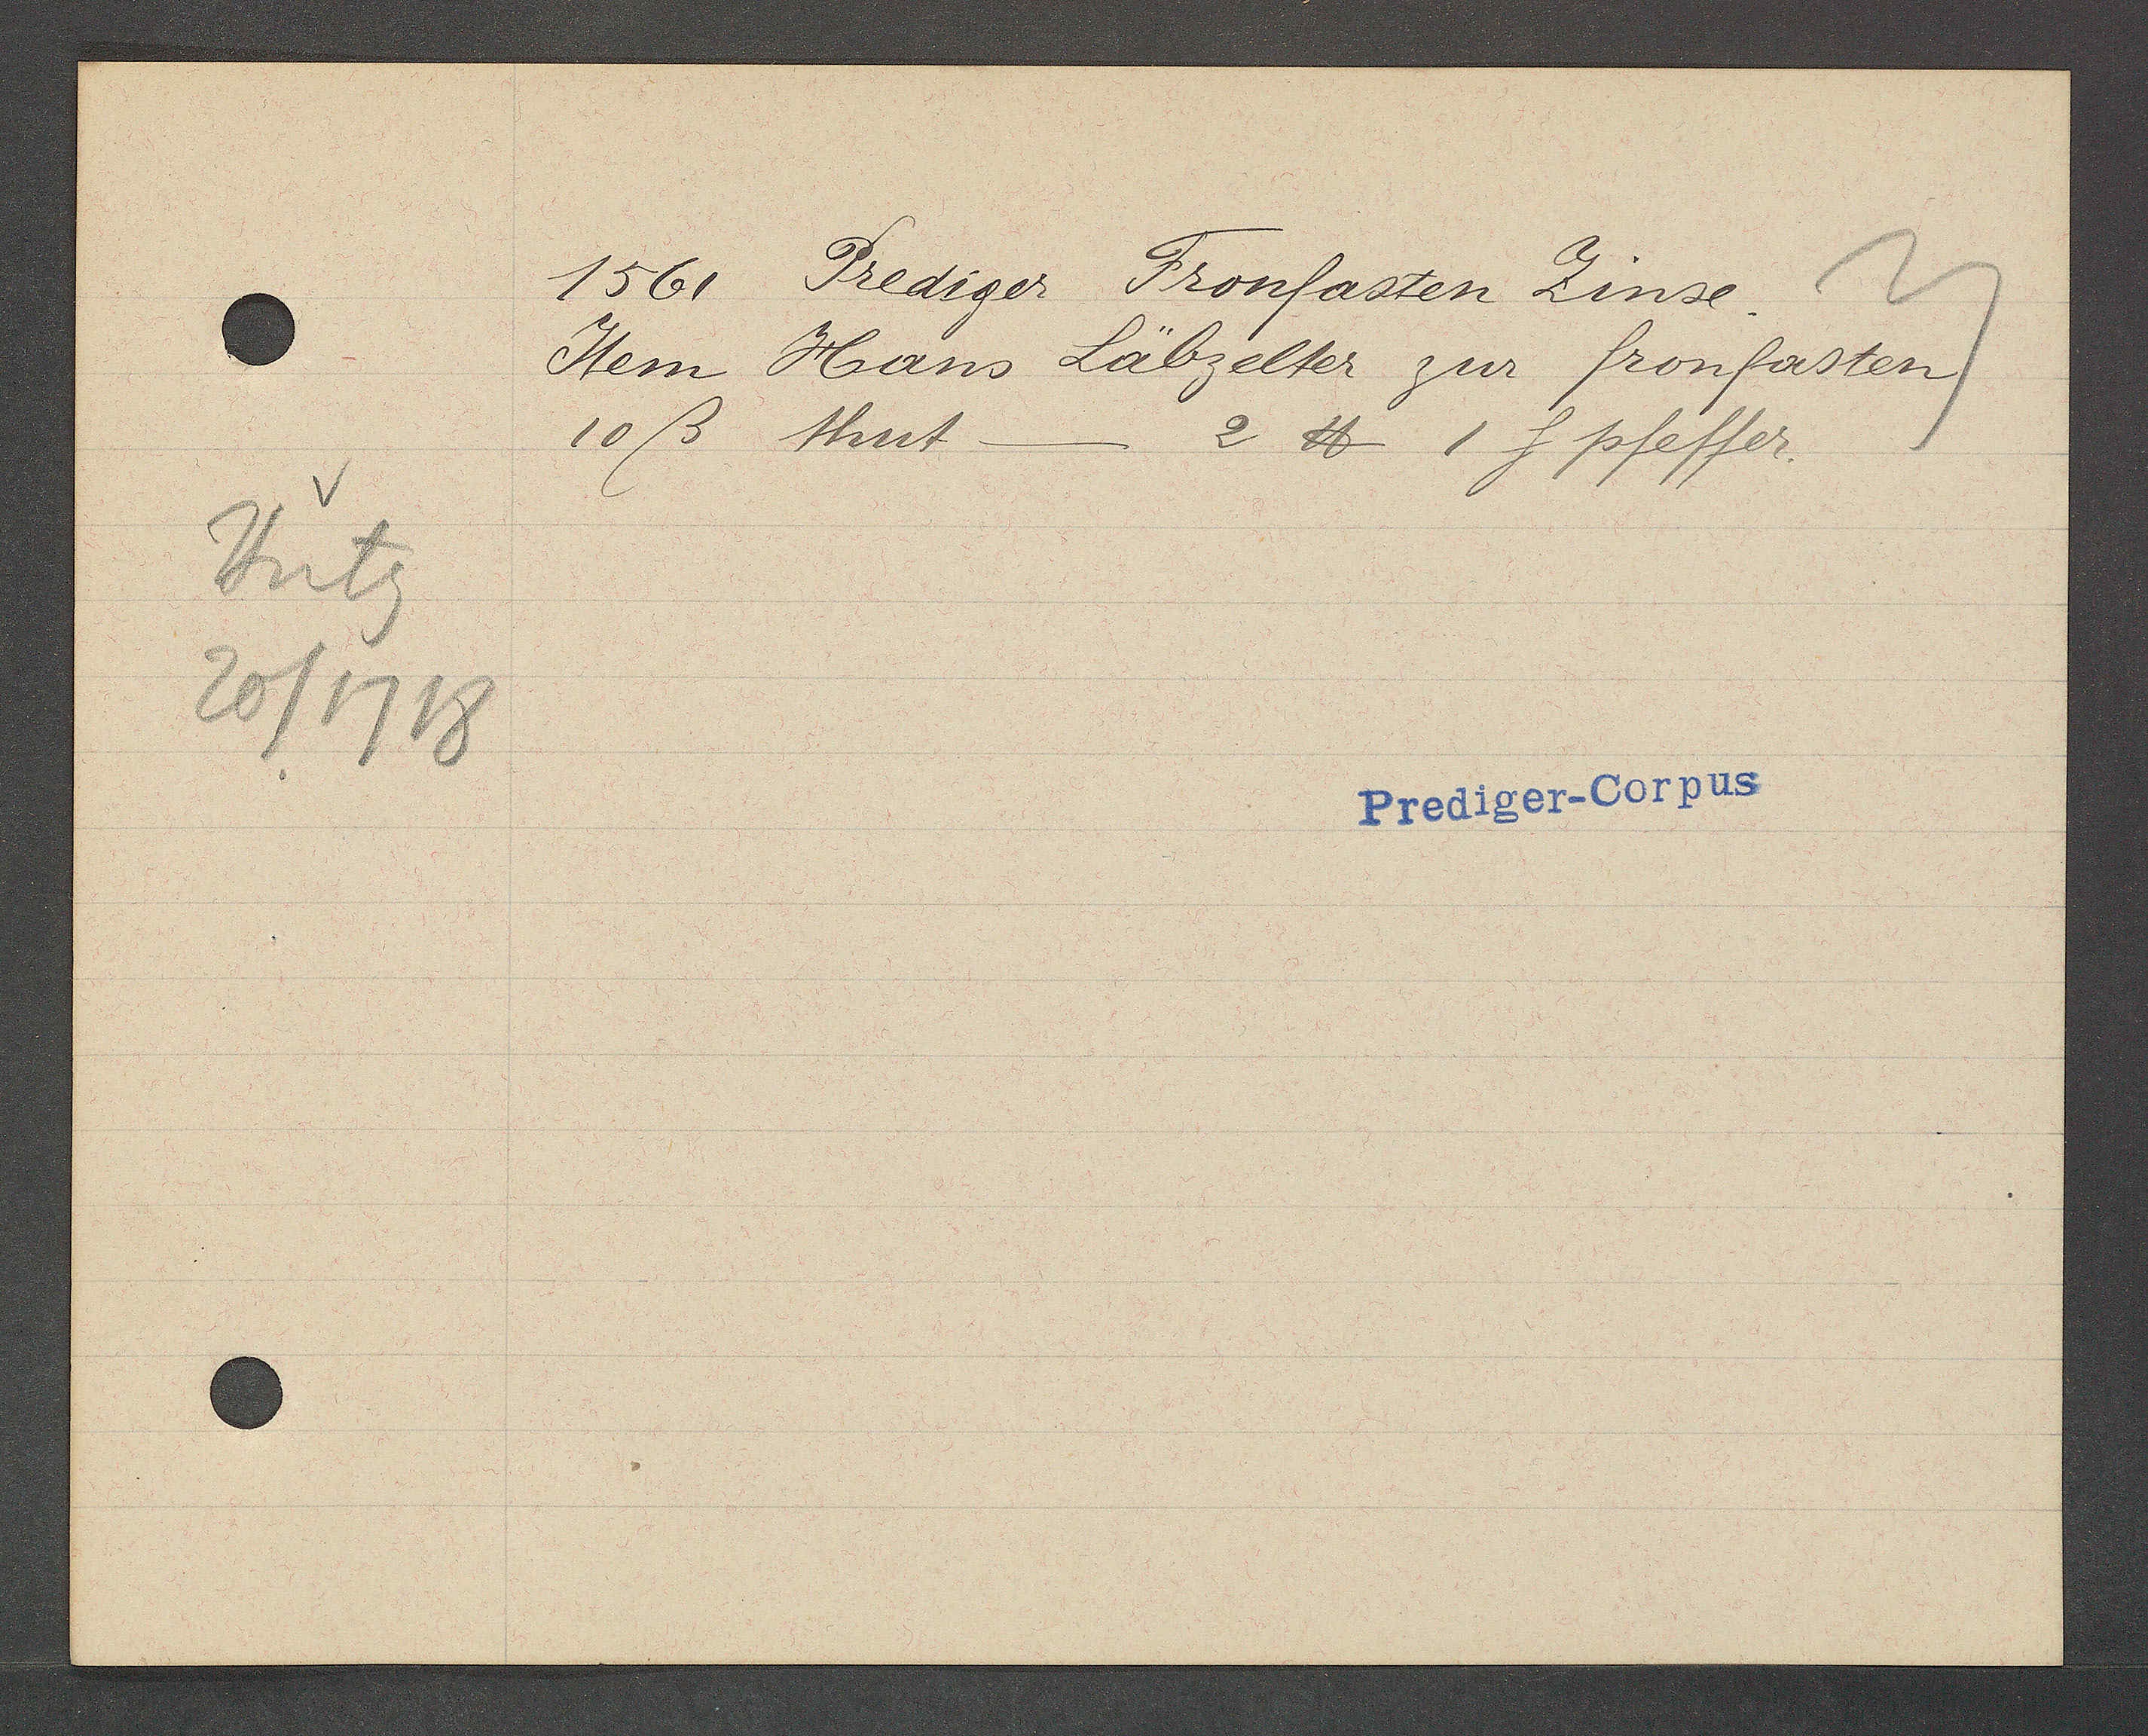
Transcript:
Hutg
20/1718

1561 Prediger Fronfasten Zinse.

Item Hans Läbzelter zur fronfasten
10ß thut.
2 ℔ 1 f pfeffer.

Prediger-Corpus